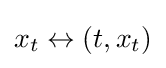
x_{t}\leftrightarrow (t,x_{t})